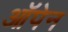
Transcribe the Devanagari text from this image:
ऑपेन